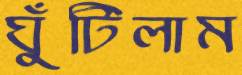
ঘুঁটিলাম